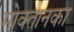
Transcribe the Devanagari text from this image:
मोक्तानका